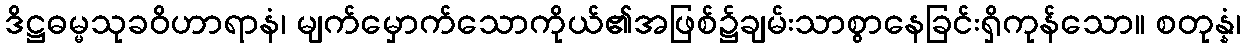
ဒိဋ္ဌဓမ္မသုခဝိဟာရာနံ၊ မျက်မှောက်သောကိုယ်၏အဖြစ်၌ချမ်းသာစွာနေခြင်းရှိကုန်သော။ စတုန္နံ၊